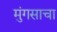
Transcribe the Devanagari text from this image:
मुंगसाचा